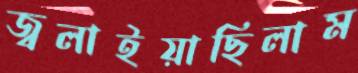
জ্বলাইয়াছিলাম